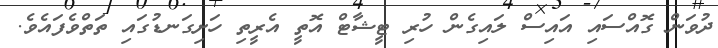
ދުވަން ގޮއްސައި އައިސް ލައިގެން ހުރި ޓީޝާޓް އޮތީ އެރީތި ހަށިގަނޑުގައި ތަތްވެފައެވެ.